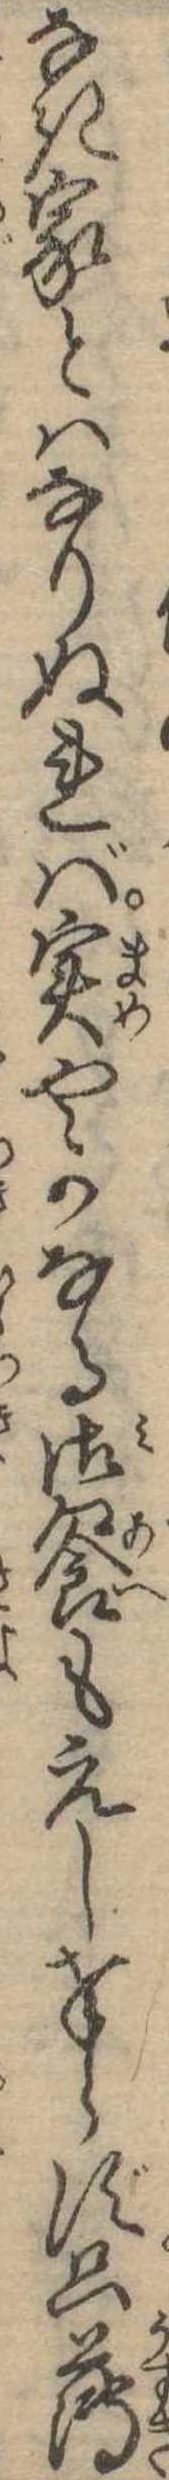
なき家とはなりぬれば実やかなる御饗もえし奉らず只薄